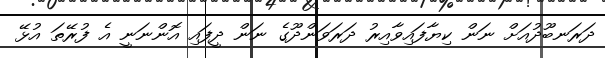
ދަރަނބޫދުއަށް ނަން ކިޔާފައިވާއިރު ދަރަވަންދޫގެ ނަން ދީފައި އޮންނަނީ އެ ފުރޭތަ އުޅޭ